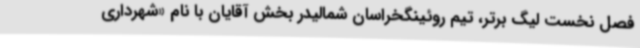
فصل نخست لیگ برتر، تیم روئینگخراسان شمالیدر بخش آقایان با نام «شهرداری